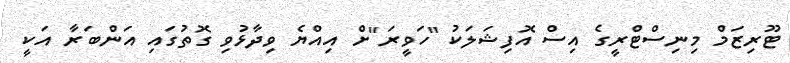
ޓޫރިޒަމް މިނިސްޓްރީގެ އިސް އޮފިޝަލަކު "ހަވީރަ"ށް އިއްޔެ ވިދާޅުވި ގޮތުގައި އަންބަރާ އަކީ